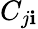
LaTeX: C_{j\mathbf{i}}